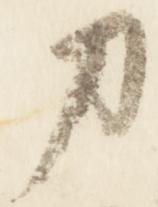
刀